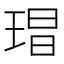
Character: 𭹕